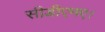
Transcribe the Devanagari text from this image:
सीडीएनए।